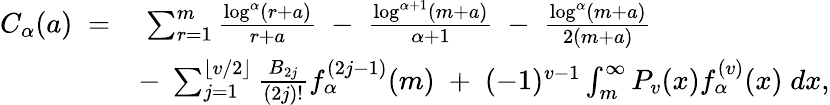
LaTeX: \begin{array}{rl}{C_{\alpha}(a)\; =}&{\; \sum_{r=1}^{m}\frac{\log^{\alpha}(r+a)}{r+a}\; -\; \frac{\log^{\alpha+1}(m+a)}{\alpha+1}\; -\; \frac{\log^{\alpha}(m+a)}{2(m+a)}}\\ &{-\; \sum_{j=1}^{\lfloor v/2\rfloor}\frac{B_{2j}}{(2j)!}f_{\alpha}^{(2j-1)}(m)\; +\; (-1)^{v-1}\int_{m}^{\infty}P_{v}(x)f_{\alpha}^{(v)}(x)\; dx,}\end{array}